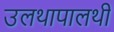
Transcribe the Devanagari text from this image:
उलथापालथी